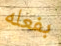
بفعله